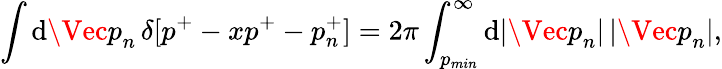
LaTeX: \int\mathrm{d}{\Vec p}_{n}\, \delta[p^{+}-xp^{+}-p_{n}^{+}]=2\pi\int_{p_{min}}^{\infty}\mathrm{d}\vert{\Vec p}_{n}\vert\, \vert{\Vec p}_{n}\vert,